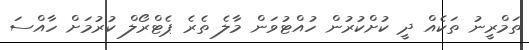
ތަމްރީނު ތަކެއް ދީ ކުށްކުރުން ހުއްޓުވަން މާލެ ތެރެ ޕެޓްރޯލް ކުރުމަށް ހާއްސަ